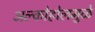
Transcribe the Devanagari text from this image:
अल्कोहोलमुळे